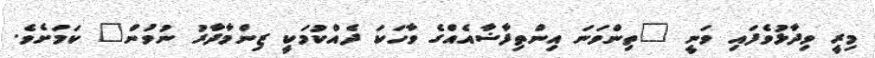
މިރީ ވިދާޅުވެފައި ވަނީ "ތިންވަނަ އިންތިފާޟާއެއްގެ ވާހަކަ ދެއްކުމަކީ ޒިންމާދާރު ނުވުން" ކަމަށެވެ.